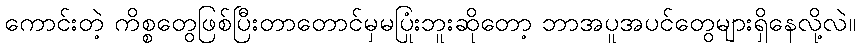
ကောင်းတဲ့ ကိစ္စတွေဖြစ်ပြီးတာတောင်မှမပြုံးဘူးဆိုတော့ ဘာအပူအပင်တွေများရှိနေလို့လဲ။